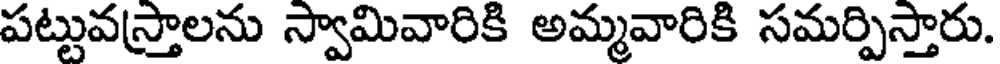
పట్టువస్త్రాలను స్వామివారికి అమ్మవారికి సమర్పిస్తారు.